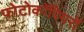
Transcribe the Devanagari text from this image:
फोटोकॉपियरों